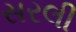
સરલી